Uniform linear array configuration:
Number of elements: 24
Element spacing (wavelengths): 0.5
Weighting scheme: hann
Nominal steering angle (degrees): -30
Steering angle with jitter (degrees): -31.14
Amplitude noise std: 0.05
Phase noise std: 0.05

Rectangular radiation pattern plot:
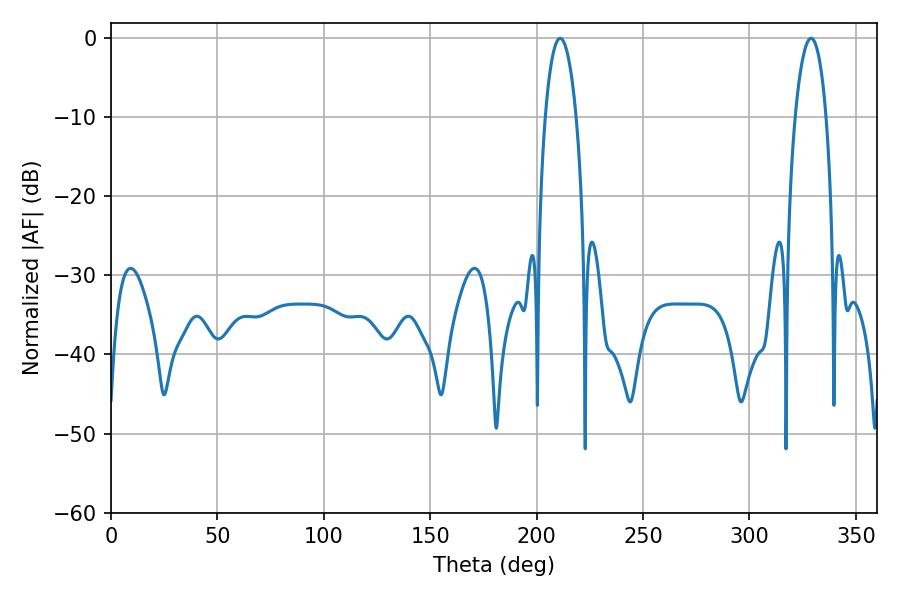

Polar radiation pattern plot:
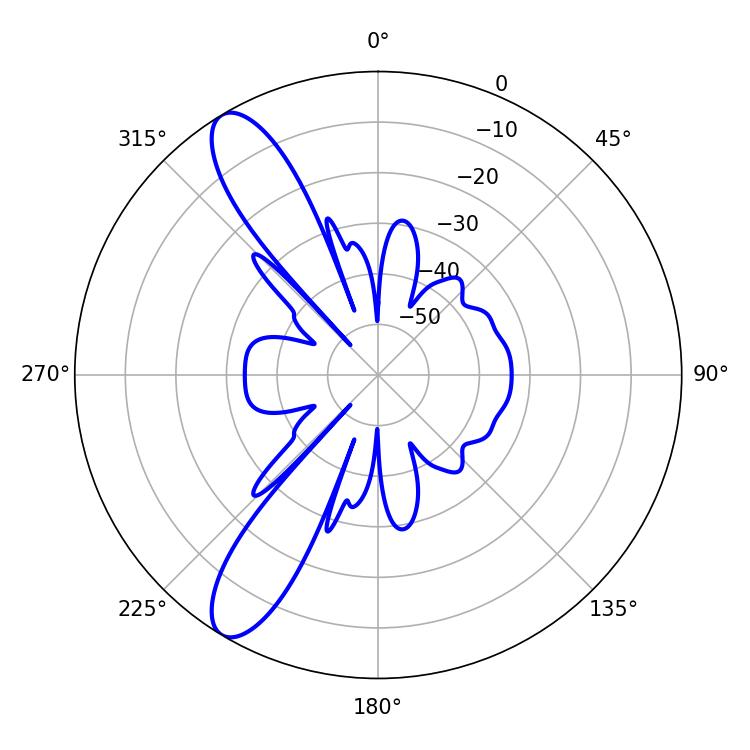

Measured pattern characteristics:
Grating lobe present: FALSE
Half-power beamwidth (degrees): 8.28
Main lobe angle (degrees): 211.14